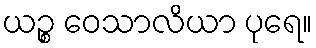
ယဉ္စ ဝေသာလိယာ ပုရေ။